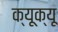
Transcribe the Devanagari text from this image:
क्यूक्यू